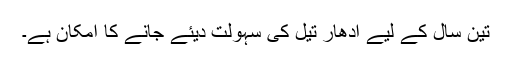
تین سال کے لیے ادھار تیل کی سہولت دیئے جانے کا امکان ہے۔